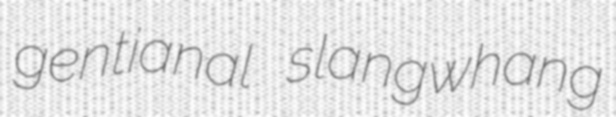
gentianal slangwhang